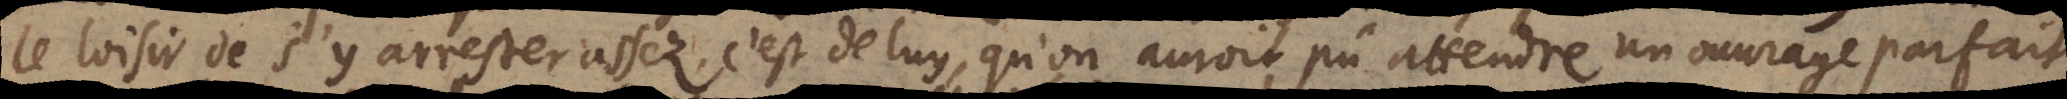
le loisir de s’y arrester assez, c’est de luy, qu’on auroit pû attendre un ouvrage parfait